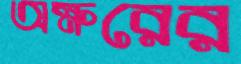
অক্ষরের